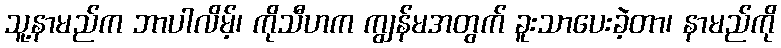
သူ့နာမည်က ဘာပါလိမ့်၊ ကိုသီဟက ကျွန်မအတွက် ခူးသာပေးခဲ့တာ၊ နာမည်ကို